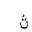
Letter: _tha